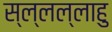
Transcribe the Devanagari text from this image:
स्ल्लल्लाहु